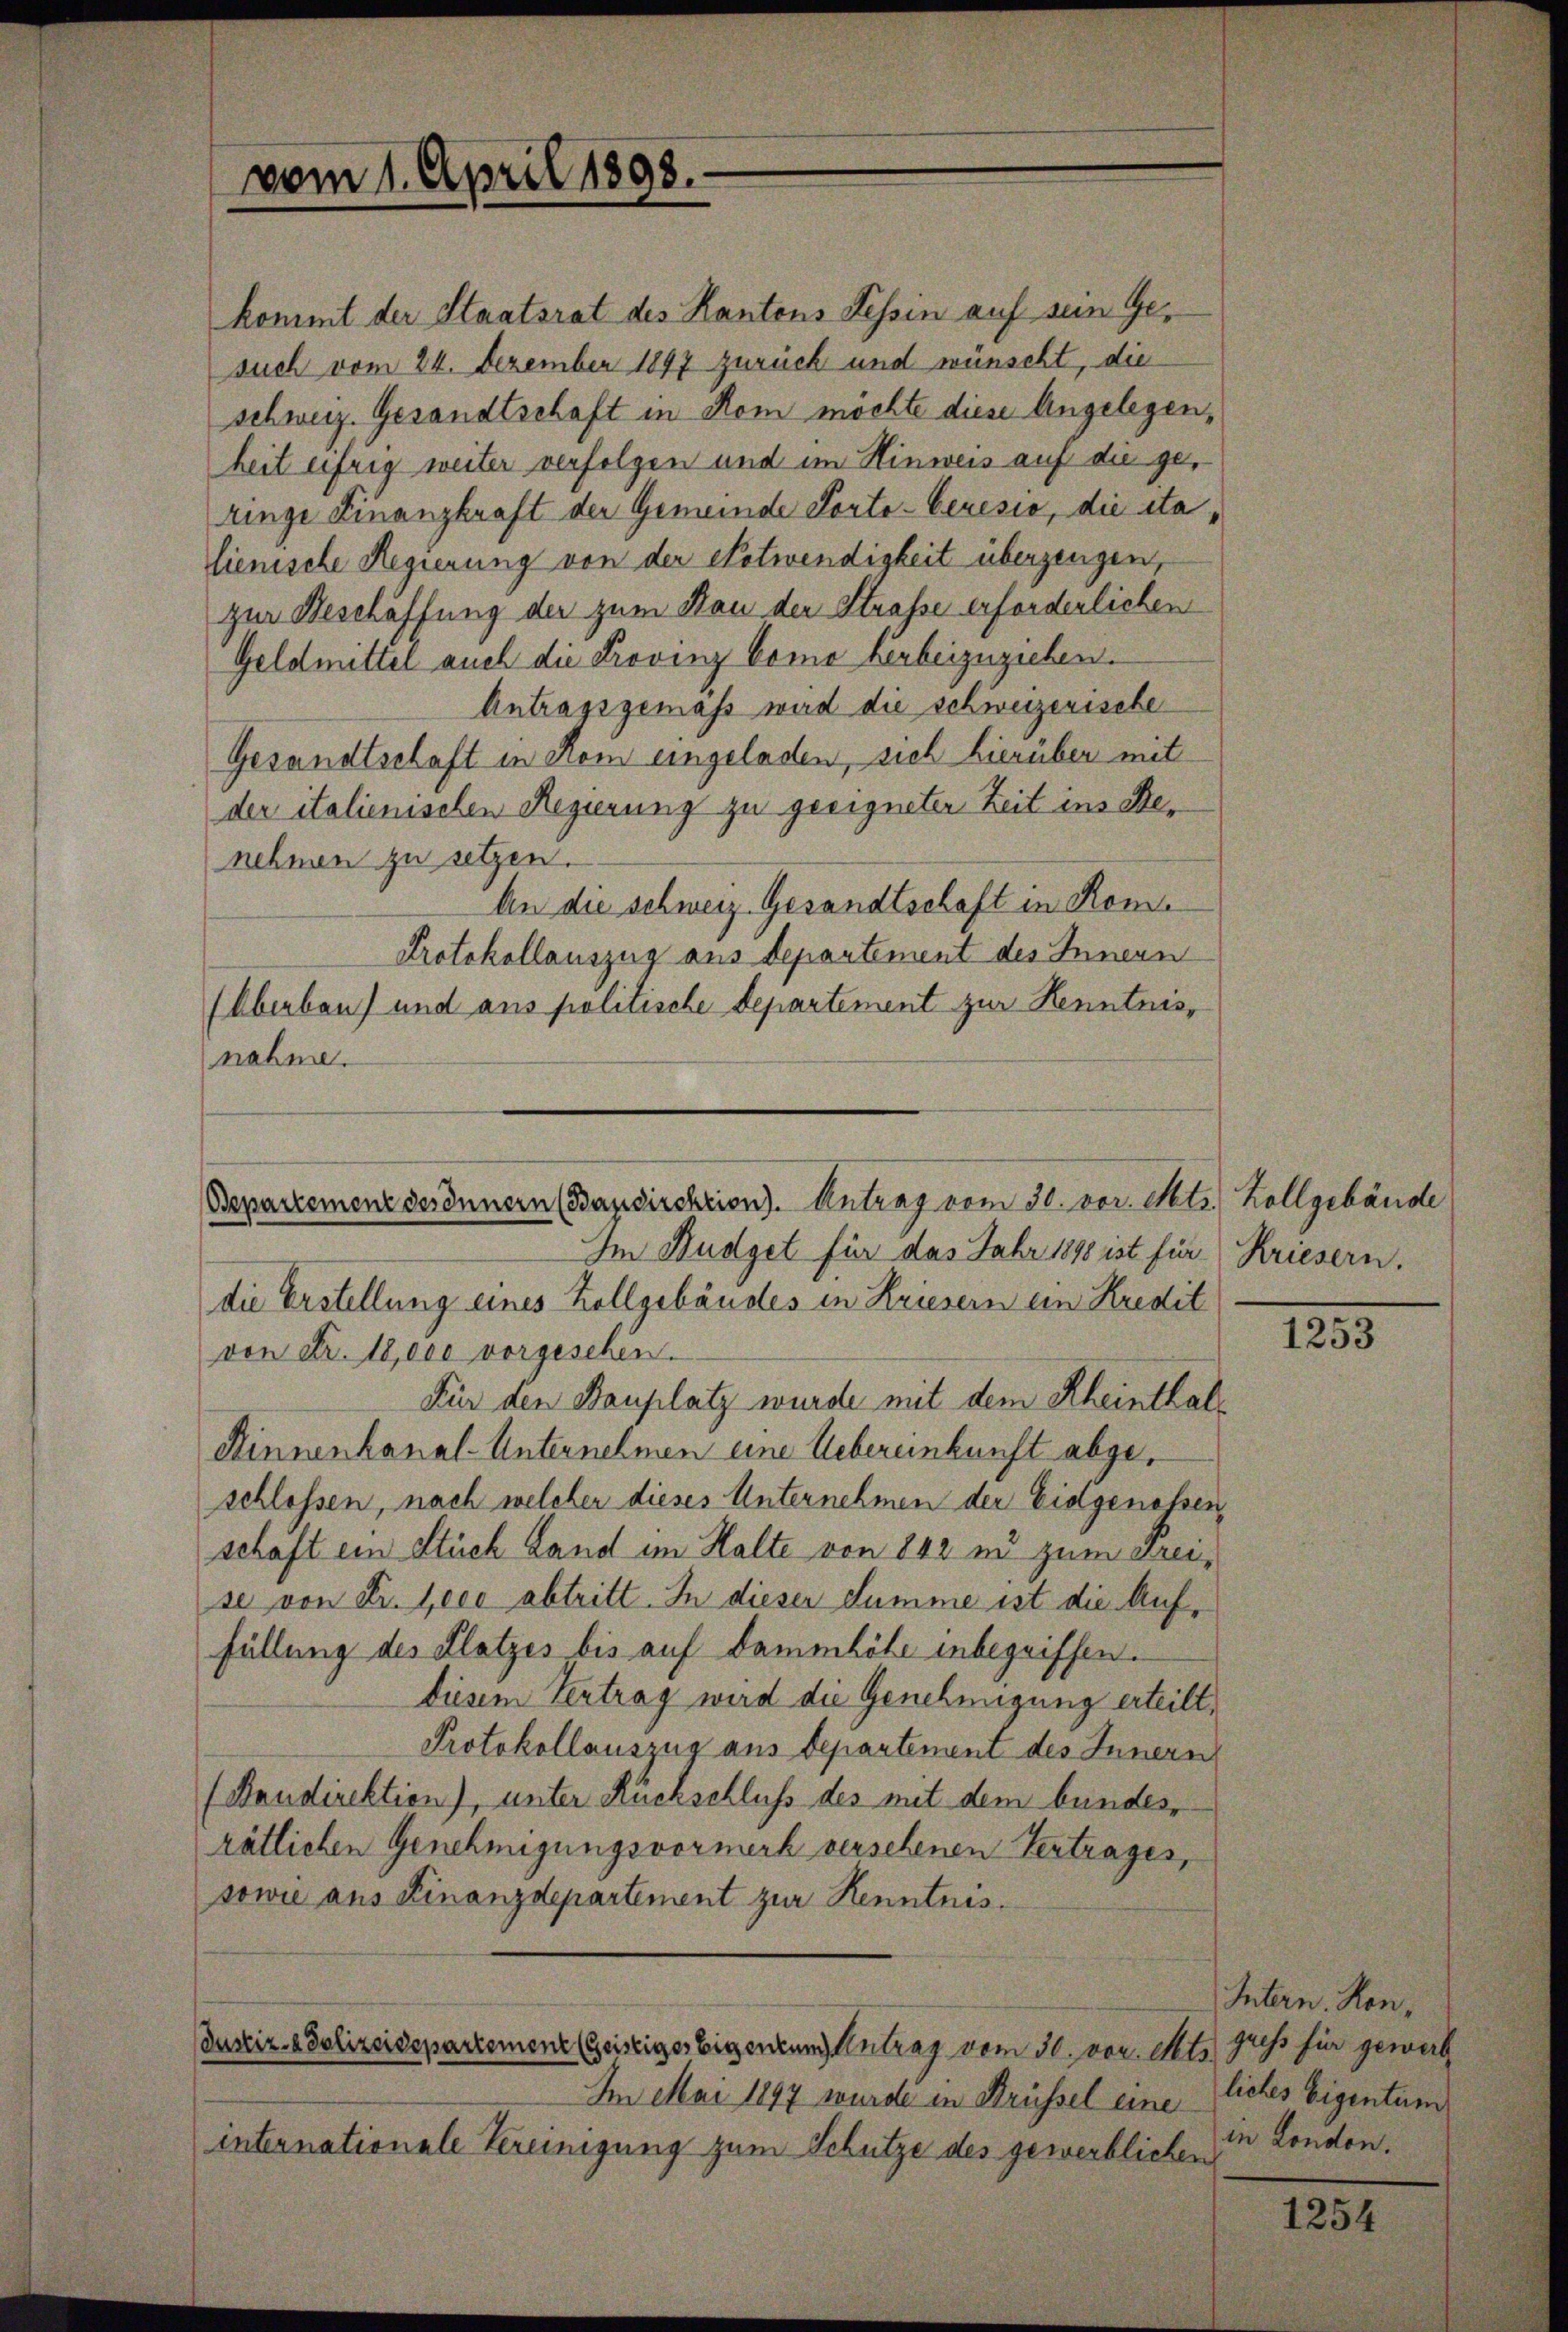
vom 1. April 1898.

kommt der Staatsrat des Kantons Tessin auf sein Gesuch vom 24. Dezember 1897 zurück und wünscht, die
schweiz. Gesandtschaft in Rom möchte diese Angelegen,
heit eifrig weiter verfolgen und im Hinweis auf die geringe Finanzkraft der Gemeinde Porto- Ceresio, die sta
lienische Regierung von der Notwendigkeit überzeugen,
zur Beschäffung der zum Bau der Straße erforderlichen
Geldmittel auch die Provinz Como herbeizuziehen.
Antragsgemäss wird die schweizerische
Gesandtschaft in dem eingeladen, sich hierüber mit
der italienischen Regierung zu geeigneter Zeit ins Benehmen zu setzen.
An die schweiz. Gesandtschaft in Rome
Protokollauszug aus Departement des Innern
(Oberbau) und aus politische Departement zur Kenntnisnahme.

Bsepartement desinnern (Bapsirchrion). Antrag vom 30. vor. Mts. Zollgebäude
Im Budget für das Jahr 1898 ist für Kriesern.

Justiz- & Polizeidepartement (Geistiges Eigenzung Antrag vom 30. vor. Mt

die Erstellung eines Zollgebäudes in Kriesern ein Kredit
von Fr. 18,000 vorgesehen.
Für den Bauplatz wurde mit dem Rheinthal¬
Kinnenkanal-Unternehmen eine Uebereinkunft abgeschlossen, nach welcher dieses Unternehmen der Eidgenossen,
schaft ein Stück Land im Halte von 892 in zum Breise von Fr. Jece abtritt. In dieser Summe ist die Auf¬
Füllung des Platzes bis auf Dammböte inbegriffen.
diesem Vertrag wird die Genehmigung erteilt,
Protokollauszug aus departement des Innern
(Bondirektion), unter Rückschluß des mit dem bundesrätlichen Genehmigungsvormerk versehenen Vertrages,
sowie aus Finanzdepartement zur Kenntnis.

Im Mai 1897 wurde in Brüssel eine liches Eigentum
internationale Vereinigung zum Schutze des gewerblichen

1253

Intern. Konguess für gewerb
.
in London.

1254